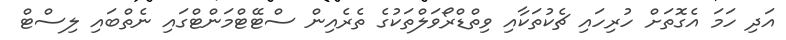
އަދި ހަމަ އެގޮތަށް ހުރިހައި ޗެކުތަކާއި ވިތްޑްރޯވަލްތަކުގެ ތެރެއިން ސްޓޭޓްމަންޓްގައި ނެތްބައި ލިސްޓް